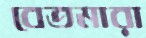
বেতমারা